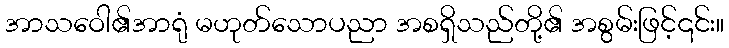
အာသဝေါ၏အာရုံ မဟုတ်သောပညာ အစရှိသည်တို့၏ အစွမ်းဖြင့်၎င်း။